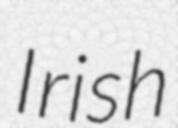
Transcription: Irish